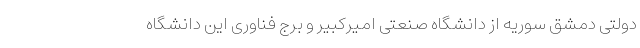
دولتی دمشق سوریه از دانشگاه صنعتی امیرکبیر و برج فناوری این دانشگاه